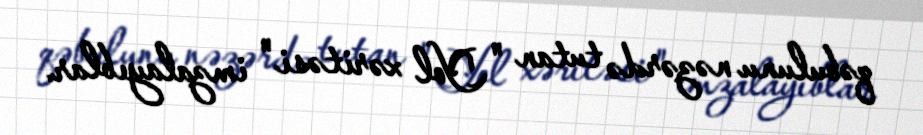
qəbulunu nəzərdə tutan " Yol xəritəsi" imzalayıblar.